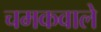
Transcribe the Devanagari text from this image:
चमकवाले